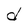
Character: d